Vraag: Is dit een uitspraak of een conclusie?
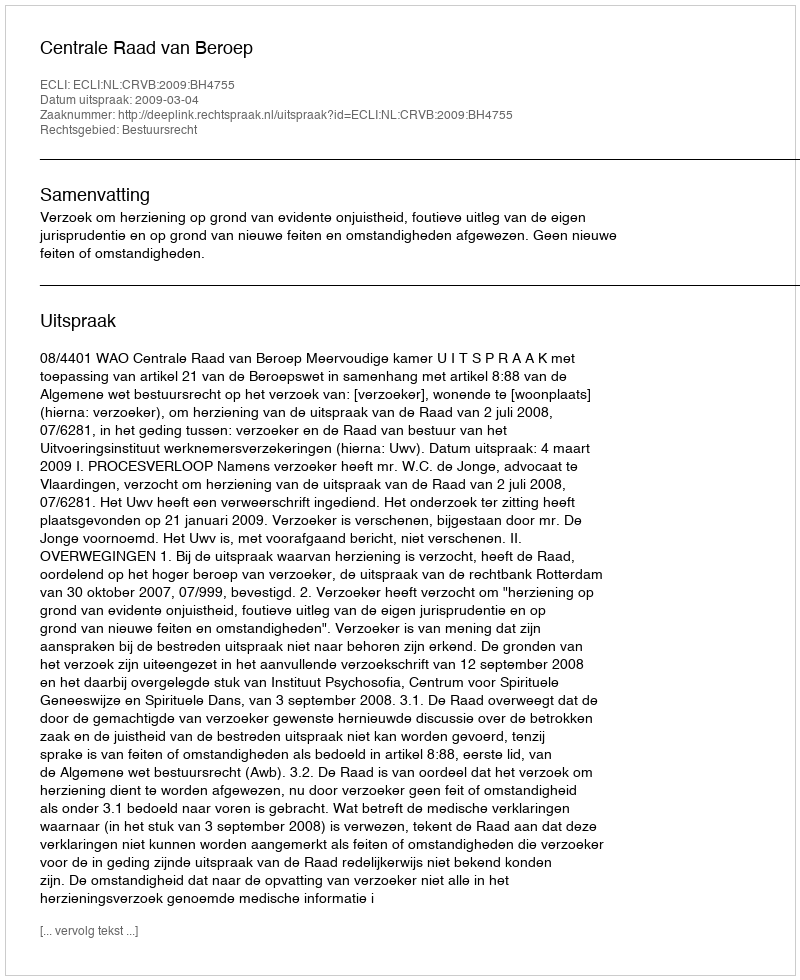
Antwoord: Uitspraak